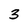
Character: 3